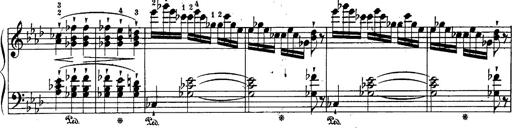
Title: Schubert's Impromptus [revised and edited by Franz Liszt]
Composer: Franz Liszt